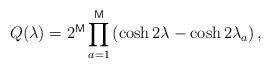
LaTeX: \begin{align*}Q(\lambda )=2^{\mathsf{M}}\prod_{a=1}^{\mathsf{M}}\left( \cosh 2\lambda -\cosh 2\lambda_{a}\right) ,\end{align*}